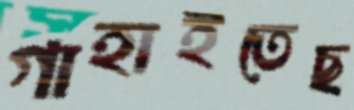
গাহাইতেছ